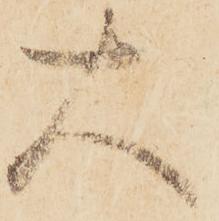
大